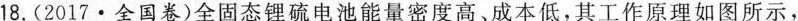
18.(2017·全国卷)全固态锂硫电池能量密度高、成本低，其工作原理如图所示，